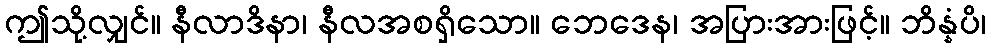
ဤသို့လျှင်။ နီလာဒိနာ၊ နီလအစရှိသော။ ဘေဒေန၊ အပြားအားဖြင့်။ ဘိန္နံပိ၊